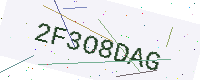
Text: 2F3O8DAG